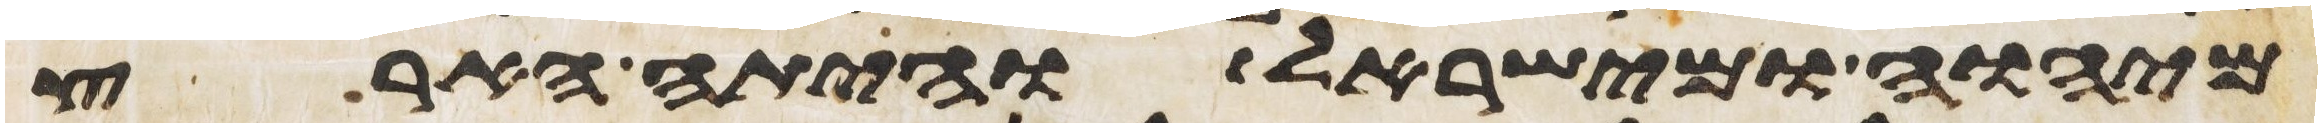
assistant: מיהוה ומישראל והיתה הארץ